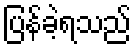
ပြန်ခဲ့ရသည်